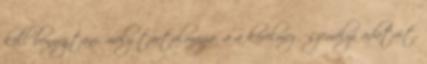
kell benyújtani, mely tartalmazza: a a kérelmező személyi adatait,